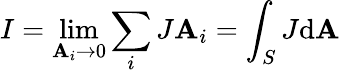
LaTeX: I=\operatorname*{lim}_{\mathbf{A}_{i}\rightarrow0}\sum_{i}J\mathbf{A}_{i}=\int_{S}J{\mathrm{{d}}\mathbf{A}}\,